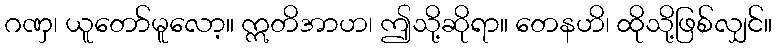
ဂဏှ၊ ယူတော်မူလော့။ ဣတိအာဟ၊ ဤသို့ဆိုရာ။ တေနဟိ၊ ထိုသို့ဖြစ်လျှင်။